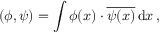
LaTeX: ( \phi , \psi ) = \int \phi ( x ) \cdot { \overline { { \psi ( x ) } } } \, \mathrm { d } x \, ,